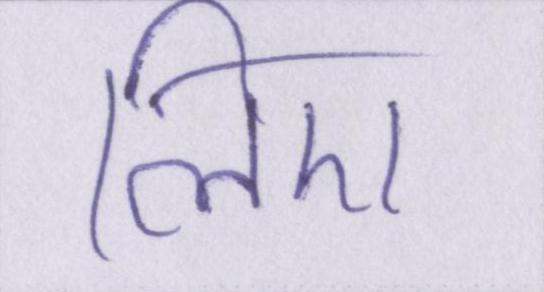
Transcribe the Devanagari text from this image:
लिए